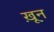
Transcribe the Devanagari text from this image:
ख़़ून